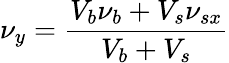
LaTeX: \nu_{y}=\frac{V_{b}\nu_{b}+V_{s}\nu_{sx}}{V_{b}+V_{s}}